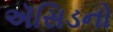
ઍસિડનો